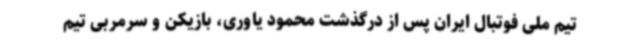
تیم ملی فوتبال ایران پس از درگذشت محمود یاوری، بازیکن و سرمربی تیم